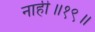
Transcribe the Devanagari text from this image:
नाही॥१९॥